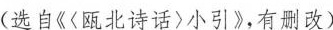
(选自《〈瓯北诗话〉小引》，有删改)